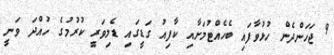
9 ޖަހަންދެން ހުޅުވާފައި ބެހެއްޓުމަށާއި ކާފިއު ގަޑީގައި ޑެލިވަރީ ކުރުމުގެ ހުއްދަ ވަނީ